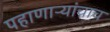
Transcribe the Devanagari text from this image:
पहाणाऱ्यांचाच